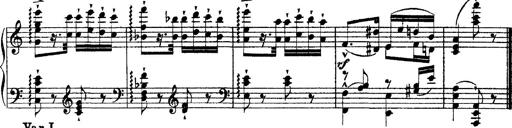
Title: Ã‰tudes d'exÃ©cution transcendante d'aprÃ¨s Paganini
Composer: Franz Liszt